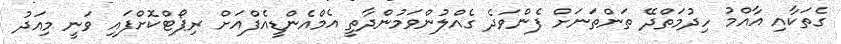
ގެތަކާއި އާއްމު ހިދުމަތްދޭ ތަންތަނަށް ފެންވަދެ ގެއްލުންވަމުންދާތީ އެމްއެންޑީއެފްއަށް ރިޕޯޓްކޮށްފައި ވަނީ މިއަދު